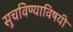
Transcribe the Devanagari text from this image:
सुचविण्याविषयी